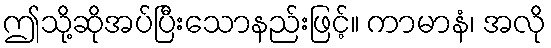
ဤသို့ဆိုအပ်ပြီးသောနည်းဖြင့်။ ကာမာနံ၊ အလို